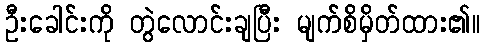
ဦးခေါင်းကို တွဲလောင်းချပြီး မျက်စိမှိတ်ထား၏။